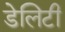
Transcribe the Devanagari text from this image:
डेलिटी